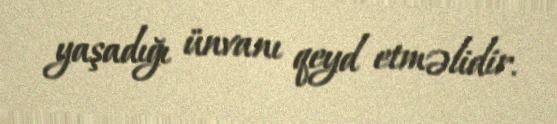
yaşadığı ünvanı qeyd etməlidir.